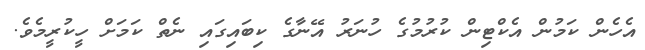
އެހެން ކަމުން އެކްޓިން ކުރުމުގެ ހުނަރު އޭނާގެ ކިބައިގައި ނެތް ކަމަށް ހީކުރީމެވެ.